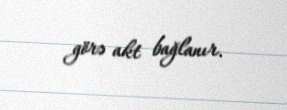
görə akt bağlanır.